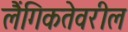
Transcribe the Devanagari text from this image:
लैंगिकतेवरील